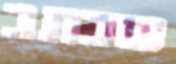
שכתב